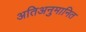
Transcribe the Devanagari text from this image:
अतिअनुमानित